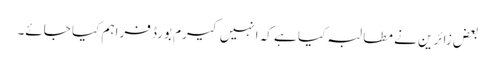
بعض زائرین نے مطالبہ کیا ہے کہ انہیں کیرم بورڈ فراہم کیا جائے۔